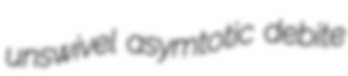
unswivel asymtotic debite